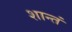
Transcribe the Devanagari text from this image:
शान्तं